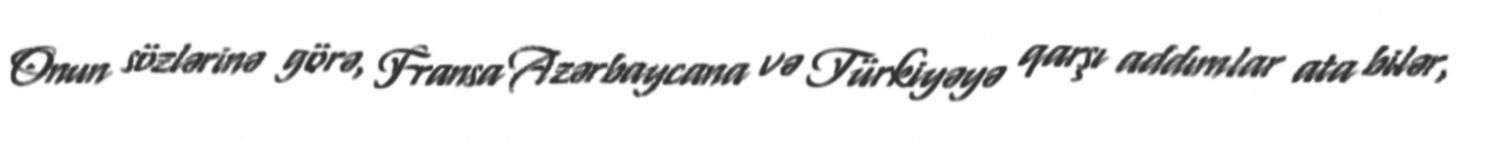
Onun sözlərinə görə, Fransa Azərbaycana və Türkiyəyə qarşı addımlar ata bilər,